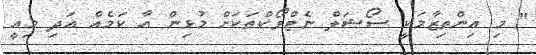
" މި އިންތިޒާމަކީ ސޯޝަލް ނެޓްވޯކްތަކަށް މުޅިން އާ ކަމެއް އަދި މިއީ